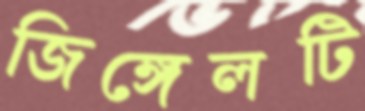
জিঙ্গেলটি